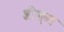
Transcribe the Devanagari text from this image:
श्रीक्स